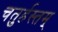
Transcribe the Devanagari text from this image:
चतुर्हस्तम्